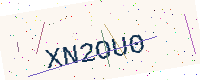
Text: XN2OU0